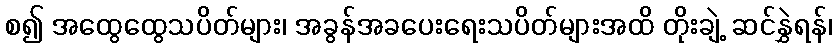
စ၍ အထွေထွေသပိတ်များ၊ အခွန်အခပေးရေးသပိတ်များအထိ တိုးချဲ့ ဆင်နွှဲရန်၊